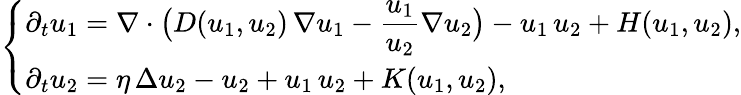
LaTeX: \left\{ \begin{array}{ll}{\displaystyle\partial_{t}u_{1}=\nabla\cdot\big(D(u_{1},u_{2})\, \nabla u_{1}-\frac{u_{1}}{u_{2}}\nabla u_{2}\big)-u_{1}\, u_{2}+H(u_{1},u_{2}),}\\ {\displaystyle\partial_{t}u_{2}=\eta\, \Delta u_{2}-u_{2}+u_{1}\, u_{2}+K(u_{1},u_{2}),}\end{array}\right.